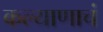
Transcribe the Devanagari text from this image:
कल्याणाचं